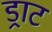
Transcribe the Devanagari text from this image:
ड्राट